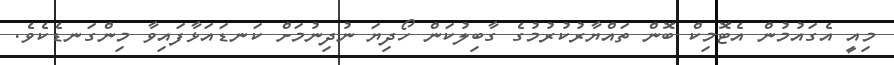
މިއީ އެގައުމުން އެޓޮމިކް ބޮން ތައްޔާރުކުރުމުގެ ގާބިލުކަން ހޯދިޔަ ނުދިނުމަށް ކަނޑައަޅާފައިވާ މިންގަނޑެކެވެ.